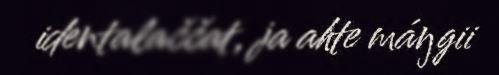
identalaččat, ja ahte máŋgii